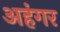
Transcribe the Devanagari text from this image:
अहंगर